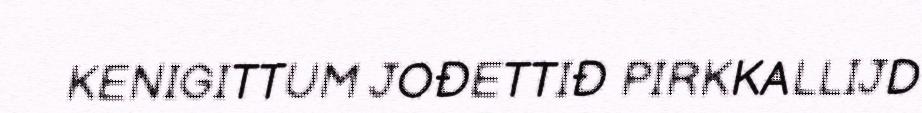
KENIGITTUM JOĐETTIĐ PIRKKALLIJD